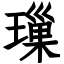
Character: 璅